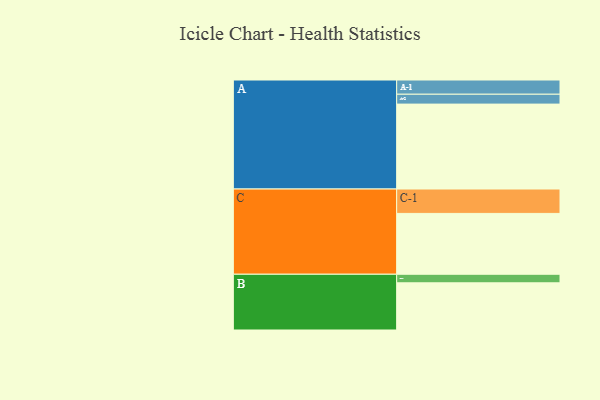
{"axis": {"x": "Segment", "y": "Value"}, "legend": ["", "A", "B", "C"], "data": [{"x": "A", "y": 585, "type": ""}, {"x": "B", "y": 325, "type": ""}, {"x": "C", "y": 419, "type": ""}, {"x": "A-1", "y": 98, "type": "A"}, {"x": "A-2", "y": 68, "type": "A"}, {"x": "B-1", "y": 59, "type": "B"}, {"x": "C-1", "y": 168, "type": "C"}]}